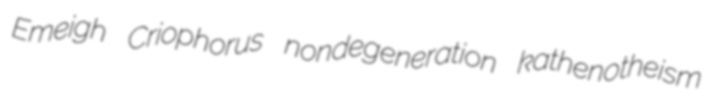
Emeigh Criophorus nondegeneration kathenotheism